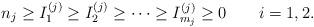
LaTeX: \begin{align*}n_{j}\ge I^{(j)}_{1}\ge I^{(j)}_{2}\ge\dots\ge I^{(j)}_{m_{j}}\ge 0\qquad i=1,2.\end{align*}